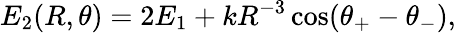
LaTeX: E_{2}(R,\theta)=2E_{1}+kR^{-3}\cos(\theta_{+}-\theta_{-}),